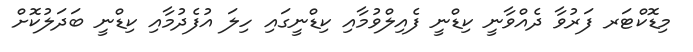
މިޑޮކްޓަރ ފަރުވާ ދެއްވާނީ ކިޑްނީ ފެއިލްވުމާއި ކިޑްނީގައި ހިލަ އުފެދުމާއި ކިޑްނީ ބަދަލުކޮށް